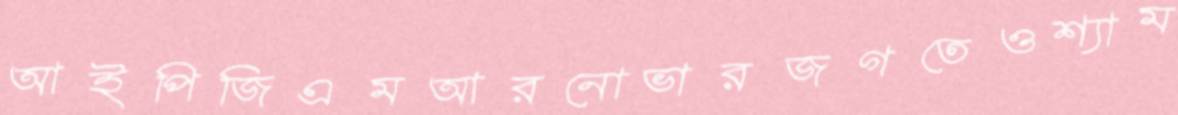
আইপিজিএমআরনোভারজগতেওশ্যাম